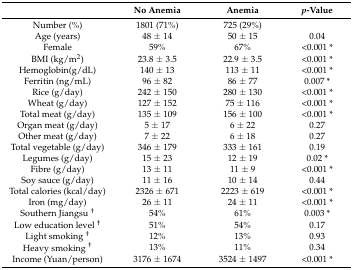
|  | No Anemia | Anemia | p-Value |
 | --- | --- | --- | --- |
 | Number (%) | 1801 (71%) | 725 (29%) |  |
 | Age (years) | 48 ± 14 | 50 ± 15 | 0.04 |
 | Female | 59% | 67% | <0.001 * |
 | BMI (kg/m2) | 23.8 ± 3.5 | 22.9 ± 3.5 | <0.001 * |
 | Hemoglobin(g/dL) | 140 ± 13 | 113 ± 11 | <0.001 * |
 | Ferritin (ng/mL) | 96 ± 82 | 86 ± 77 | 0.007 * |
 | Rice (g/day) | 242 ± 150 | 280 ± 130 | <0.001 * |
 | Wheat (g/day) | 127 ± 152 | 75 ± 116 | <0.001 * |
 | Total meat (g/day) | 135 ± 109 | 156 ± 100 | <0.001 * |
 | Organ meat (g/day) | 5 ± 17 | 6 ± 22 | 0.27 |
 | Other meat (g/day) | 7 ± 22 | 6 ± 18 | 0.27 |
 | Total vegetable (g/day) | 346 ± 179 | 333 ± 161 | 0.19 |
 | Legumes (g/day) | 15 ± 23 | 12 ± 19 | 0.02 * |
 | Fibre (g/day) | 13 ± 11 | 11 ± 9 | <0.001 * |
 | Soy sauce (g/day) | 11 ± 16 | 10 ± 14 | 0.44 |
 | Total calories (kcal/day) | 2326 ± 671 | 2223 ± 619 | <0.001 * |
 | Iron (mg/day) | 26 ± 11 | 24 ± 11 | <0.001 * |
 | Southern Jiangsu † | 54% | 61% | 0.003 * |
 | Low education level † | 51% | 54% | 0.17 |
 | Light smoking † | 12% | 13% | 0.93 |
 | Heavy smoking † | 13% | 11% | 0.34 |
 | Income (Yuan/person) | 3176 ± 1674 | 3524 ± 1497 | <0.001 * |